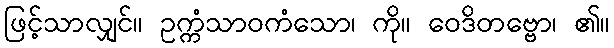
ဖြင့်သာလျှင်။ ဥက္ကံသာဝကံသော၊ ကို။ ဝေဒိတဗ္ဗော၊ ၏။